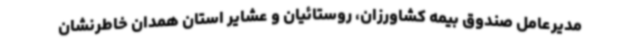
مدیرعامل صندوق بیمه کشاورزان، روستائیان و عشایر استان همدان خاطرنشان